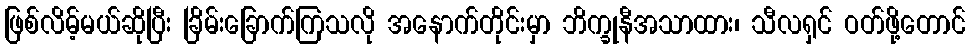
ဖြစ်လိမ့်မယ်ဆိုပြီး ခြိမ်းခြောက်ကြသလို အနောက်တိုင်းမှာ ဘိက္ခုနီအသာထား၊ သီလရှင် ဝတ်ဖို့တောင်